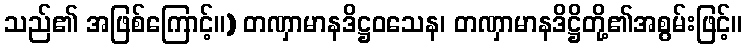
သည်၏ အဖြစ်ကြောင့်။) တဏှာမာနဒိဋ္ဌဝသေန၊ တဏှာမာနဒိဋ္ဌိတို့၏အစွမ်းဖြင့်။